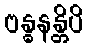
ဗန္ဓနန္တိပိ